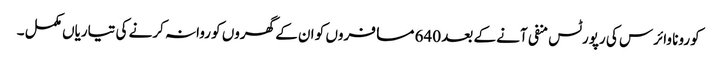
کورونا وائرس کی رپورٹس منفی آنے کے بعد 640 مسافروں کو ان کے گھروں کو روانہ کرنے کی تیاریاں مکمل ۔